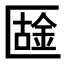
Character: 𠥟